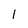
Character: l